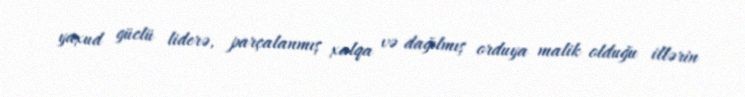
yaxud güclü liderə, parçalanmış xalqa və dağılmış orduya malik olduğu illərin